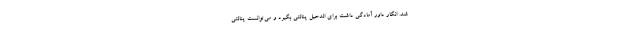
شد. انگار داور آمادگی داشت برای الدحیل پنالتی بگیرد و می‌توانست پنالتی